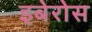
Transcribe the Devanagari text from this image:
इबेरोस